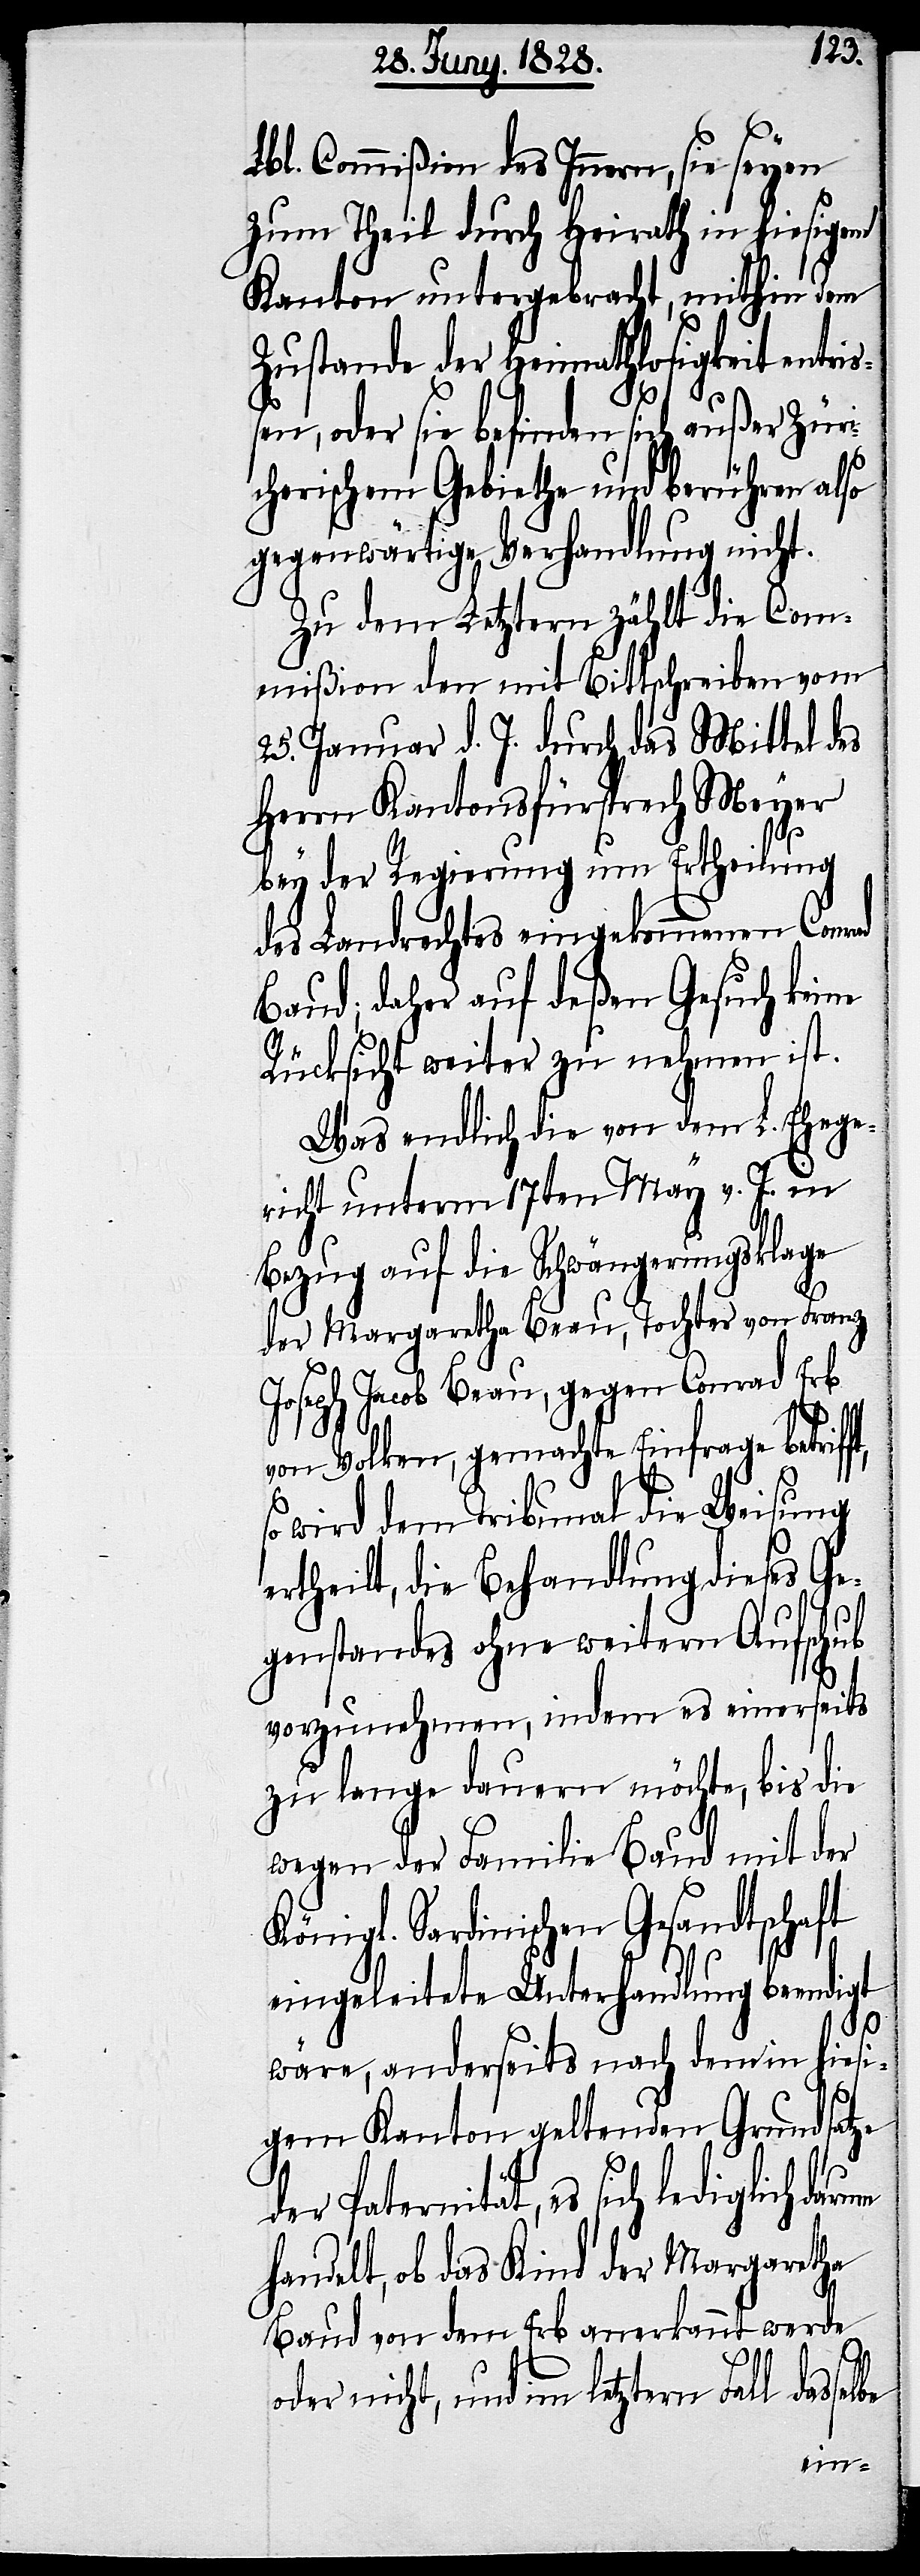
Lbl. Commißion des Innern, sie seyen
zum Theil durch Heirath in hiesigem
Kanton untergebracht, mithin dem
Zustande der Heimathlosigkeit entr¬
en, oder sie befinden sich außer Züri¬
cherischem Gebiethe und berühren also
gegenwärtige Verhandlung nicht.
Zu dem Letztern zählt die Com¬
mißion den mit Bittschreiben vom
25. Januar d. J. durch das Mittel des
Herrn Kantonsfürsprech Meyer
bey der Regierung um Ertheilung
des Landrechtes eingekommenen Conrad
Baud; daher auf deßen Gesuch keine
Rücksicht weiter zu nehmen ist.
Was endlich die von dem L. Ehege¬
richt unterm 17ten May v. J. in
Bezug auf die Schwängerungsklage
der Margaretha Beau, Tochter von Franz
Joseph Beau, gegen Conrad Erb
lbe
von Volken, gemachte Einfrage betrif¬
so wird dem Tribunal die Weisung
ertheilt, die Behandlung dieses Ge¬
genstandes ohne weitern Aufschub
vorzunehmen, indem es einerseits
zu lange dauern möchte, bis die
wegen der Familie Baud mit der
Königl. Sardinischen Gesandtschaft
um
eingeleitete Unterhandlung beendigt
wäre, anderseits nach dem in hiesi¬
gem Kanton geltenden Grundsatze
iß¬
der Paternität, es sich lediglich dar¬
handelt, ob das Kind der Margaretha
Baud von dem Erb anerkannt werde
oder nicht, und im letztern Fall dasse¬